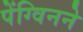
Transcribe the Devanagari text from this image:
पेंग्विनने